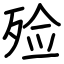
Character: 殓